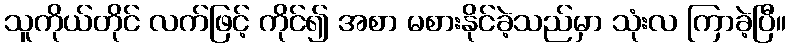
သူကိုယ်တိုင် လက်ဖြင့် ကိုင်၍ အစာ မစားနိုင်ခဲ့သည်မှာ သုံးလ ကြာခဲ့ပြီ။